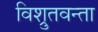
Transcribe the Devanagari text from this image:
विश्रुतवन्ता